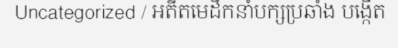
Uncategorized / អតីតមេដឹកនាំបក្សប្រឆាំង បង្កើត